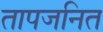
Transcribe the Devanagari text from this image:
तापजनित